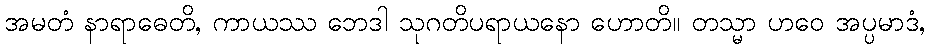
အမတံ နာရာဓေတိ, ကာယဿ ဘေဒါ သုဂတိပရာယနော ဟောတိ။ တသ္မာ ဟဝေ အပ္ပမာဒံ,